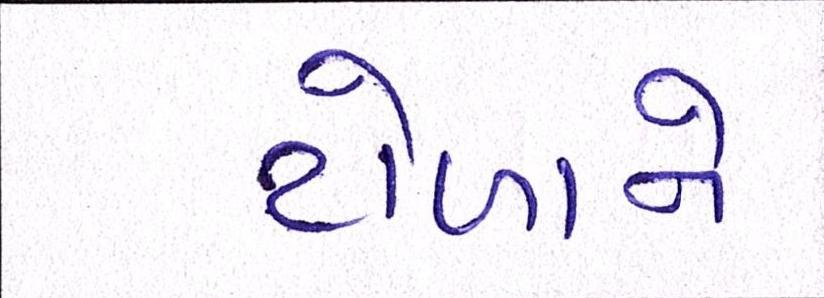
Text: ટોળાને